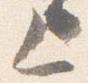
上